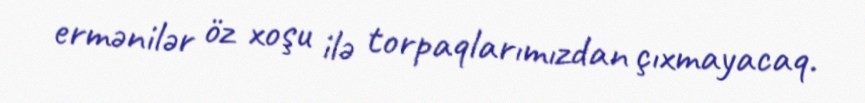
ermənilər öz xoşu ilə torpaqlarımızdan çıxmayacaq.